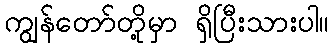
ကျွန်တော်တို့မှာ ရှိပြီးသားပါ။